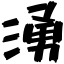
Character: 涌